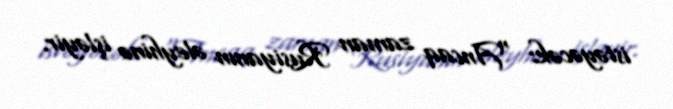
istəyəcək: “Ancaq zaman Rusiyanın əleyhinə işləyir.